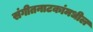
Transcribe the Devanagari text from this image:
संगीतनाटकांमधील